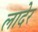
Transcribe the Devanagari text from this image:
लादेर